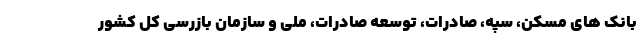
بانک های مسکن، سپه، صادرات، توسعه صادرات، ملی و سازمان بازرسی کل کشور